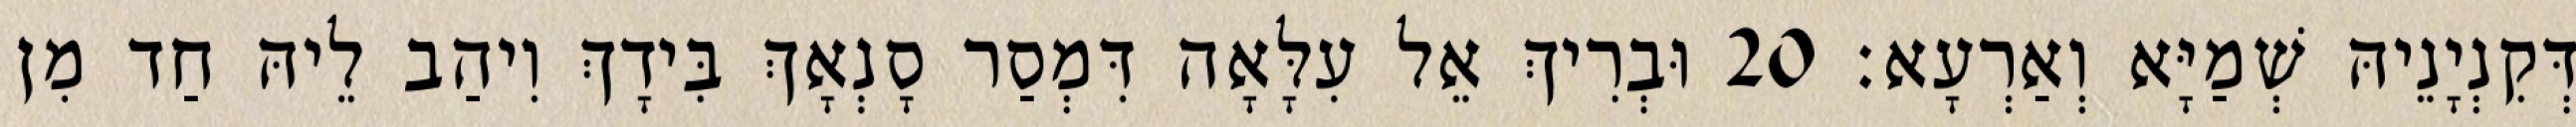
דְּקִנְיָנֵיהּ שְׁמַיָּא וְאַרְעָא׃ 20 וּבְרִיךְ אֵל עִלָּאָה דִּמְסַר סָנְאָךְ בִּידָךְ וִיהַב לֵיהּ חַד מִן